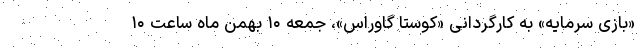
«بازی سرمایه» به کارگردانی «کوستا گاوراس»، جمعه ۱۰ بهمن ماه ساعت ۱۰